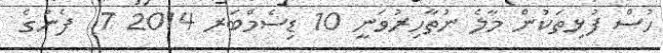
ހުސް ފުޅިތަކުން މާލެ ނުތާހިރުވަނީ 10 ޑިސެމްބަރ 2014 7  ފެނުގެ